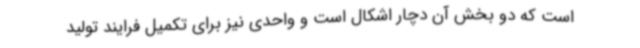
است که دو بخش آن دچار اشکال است و واحدی نیز برای تکمیل فرایند تولید